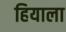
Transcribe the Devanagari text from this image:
हियाला